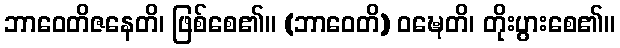
ဘာဝေတိဇနေတိ၊ ဖြစ်စေ၏။ (ဘာဝေတိ) ဝဍ္ဎေတိ၊ တိုးပွားစေ၏။